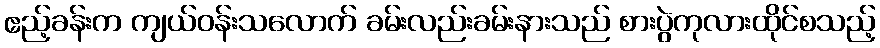
ဧည့်ခန်းက ကျယ်ဝန်းသလောက် ခမ်းလည်းခမ်းနားသည် စားပွဲကုလားထိုင်စသည့်